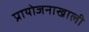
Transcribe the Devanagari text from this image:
प्रायोजनाखाली